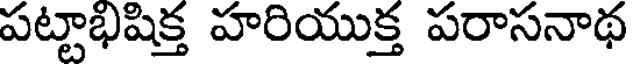
పట్టాభిషిక్త హరియుక్త పరాసనాథ